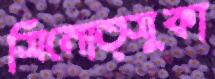
সিনোত্সুকা